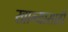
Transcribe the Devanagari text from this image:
खान्यासाठी